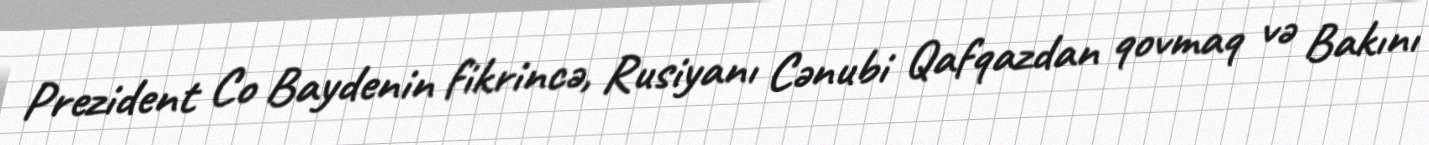
Prezident Co Baydenin fikrincə, Rusiyanı Cənubi Qafqazdan qovmaq və Bakını